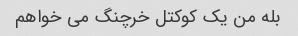
بله من یک کوکتل خرچنگ می خواهم